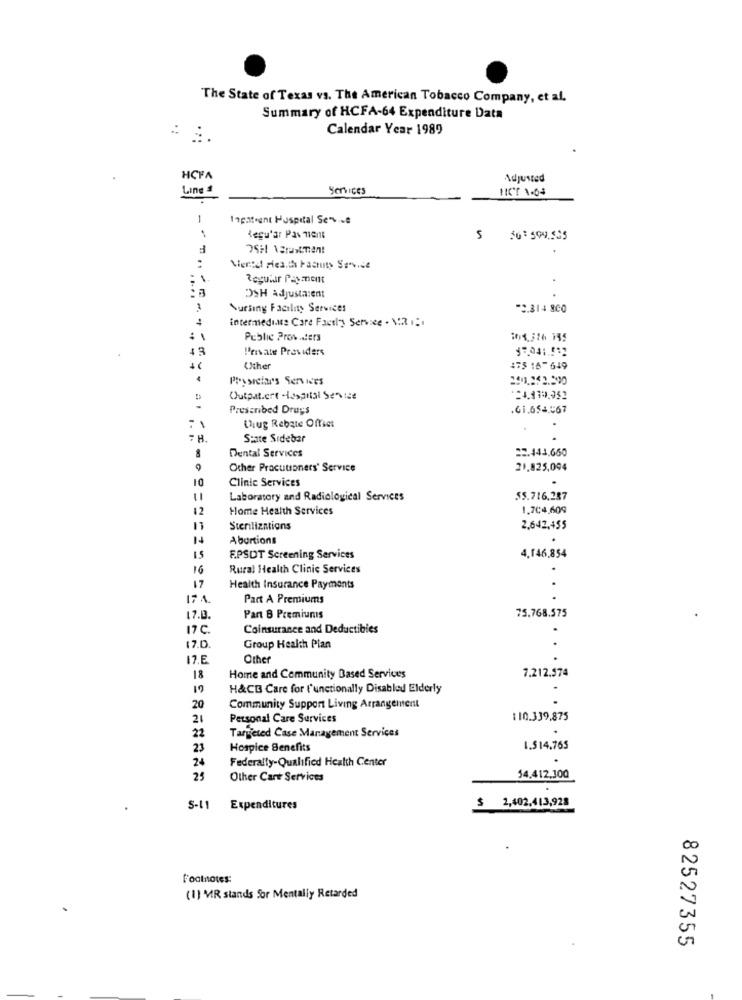
The State of Texas vs. The American Tobacco Company, et al.
Summary of HCFA-64 Expenditure Data
Calendar Year 1989
HCFA
Adjusted
Line
Services
HICS 1-04
1
Inpatient Hospital Se%.we
1
Regu'ar Pas 11ent
$ 50: 599.595
Regular Payment
OSH Adjustaient
Nursing Facility Services
-2.314 800
intermediate Care Factl'y Service . DRIE
:
Public Prowaters
43
Private Providers
17041.512
Uther
175 16-649
Proy sreiar's Services
Outpatient -Hospital Service
-
Prescribed Drugs
61.654.567
Lug Rebate Offset
.
7 H.
State Sidebar
22.443,660
Dental Services
Other Pracutioners' Service
21.825,094
10
Clinic Services
11
Laboratory and Radiological Services
55.716.287
12
Home Health Services
1.704,609
Sterilizations
2,642,455
Abortions
F.PSOT Screening Services
4,146,854
16
Rural Health Clinic Services
17
Health Insurance Payments
174.
Part A Premiums
75.768.575
17.0.
Part 8 Premiums
17 C.
Coinsurance and Deductibles
.
17.0.
Group Health Plan
12.E
Other
18
Home and Community Based Services
7.212.574
19
H&CB Care for l'unetionally Disabled Elderly
20
Community Support Living Arrangement
21
Personal Care Services
$10.339,875
22
Targeted Case Management Services
23
Hospice Benefits
1.$14.765
24
Federalty-Qualified Health Center
25
Other Cart Services
54.412,300
2,402.413,928
S-11
Expenditures
Footnotes:
(1) MR stands for Mentally Retarded
82527355